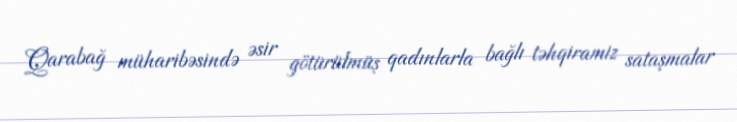
Qarabağ müharibəsində əsir götürülmüş qadınlarla bağlı təhqiramiz sataşmalar